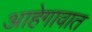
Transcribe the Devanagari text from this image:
आहेगावात